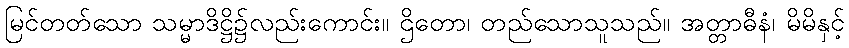
မြင်တတ်သော သမ္မာဒိဋ္ဌိ၌လည်းကောင်း။ ဌိတော၊ တည်သောသူသည်။ အတ္တာဓီနံ၊ မိမိနှင့်